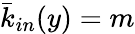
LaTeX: \bar{k}_{in}(y)=m